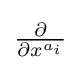
{\textstyle {\frac {\partial }{\partial x^{a_{i}}}}}